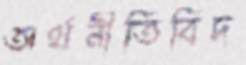
অর্থনীতিবিদ